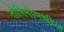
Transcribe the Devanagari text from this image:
तोरिनोमधील